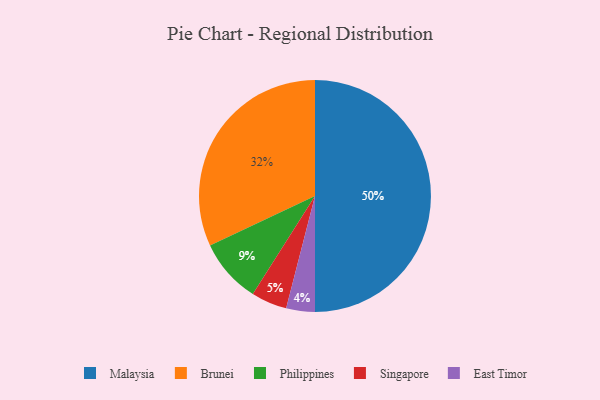
{"axis": {"x": "Category", "y": "Percentage"}, "legend": ["Brunei", "East Timor", "Malaysia", "Philippines", "Singapore"], "data": [{"x": "Philippines", "y": 9, "type": "Philippines"}, {"x": "East Timor", "y": 4, "type": "East Timor"}, {"x": "Brunei", "y": 32, "type": "Brunei"}, {"x": "Singapore", "y": 5, "type": "Singapore"}, {"x": "Malaysia", "y": 50, "type": "Malaysia"}]}